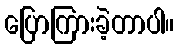
ပြောကြားခဲ့တာပါ။